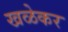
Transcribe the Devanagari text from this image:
खळेकर